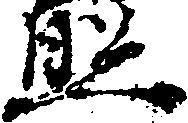
照